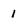
Character: 1